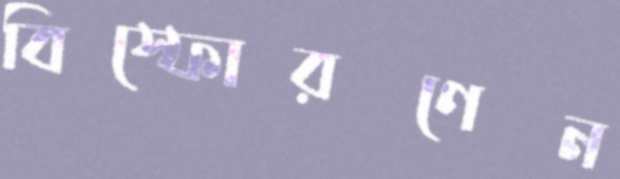
বিস্ফোরণেন